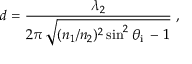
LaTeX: d = { \frac { \lambda _ { 2 } } { 2 \pi \, { \sqrt { ( n _ { 1 } / n _ { 2 } ) ^ { 2 } \sin ^ { 2 } \theta _ { \mathrm { i } } \, - \, 1 } } } } ~ ,